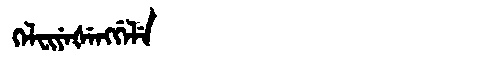
Manchu: ᡴᡝᠯᠸᡳᠶᡝᡧᡝᠩᡤᡝᠯᡝ
Romanization: KELFIYEŠENGGELE